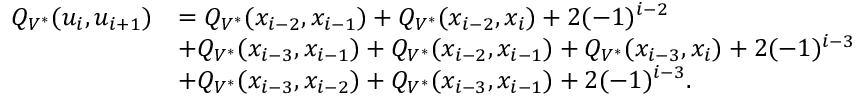
\begin{array} { r l } { Q _ { V ^ { * } } ( u _ { i } , u _ { i + 1 } ) } & { = Q _ { V ^ { * } } ( x _ { i - 2 } , x _ { i - 1 } ) + Q _ { V ^ { * } } ( x _ { i - 2 } , x _ { i } ) + 2 ( - 1 ) ^ { i - 2 } } \\ & { + Q _ { V ^ { * } } ( x _ { i - 3 } , x _ { i - 1 } ) + Q _ { V ^ { * } } ( x _ { i - 2 } , x _ { i - 1 } ) + Q _ { V ^ { * } } ( x _ { i - 3 } , x _ { i } ) + 2 ( - 1 ) ^ { i - 3 } } \\ & { + Q _ { V ^ { * } } ( x _ { i - 3 } , x _ { i - 2 } ) + Q _ { V ^ { * } } ( x _ { i - 3 } , x _ { i - 1 } ) + 2 ( - 1 ) ^ { i - 3 } . } \end{array}